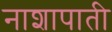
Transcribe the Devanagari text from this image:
नाशापाती